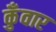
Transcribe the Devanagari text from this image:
कुँवार